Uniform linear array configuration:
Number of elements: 24
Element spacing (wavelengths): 0.25
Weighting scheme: hamming
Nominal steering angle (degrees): -45
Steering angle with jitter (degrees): -43.536
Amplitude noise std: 0.05
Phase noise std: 0.05

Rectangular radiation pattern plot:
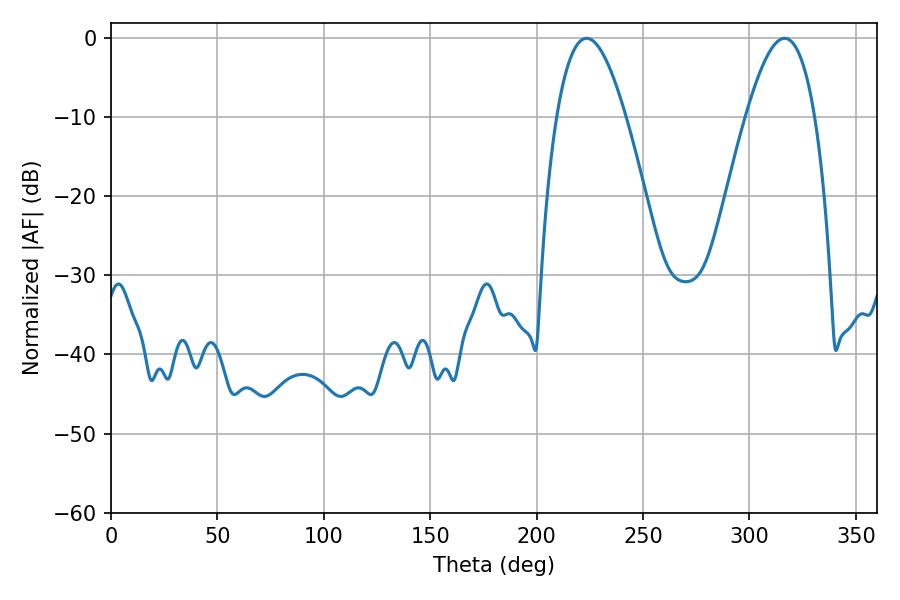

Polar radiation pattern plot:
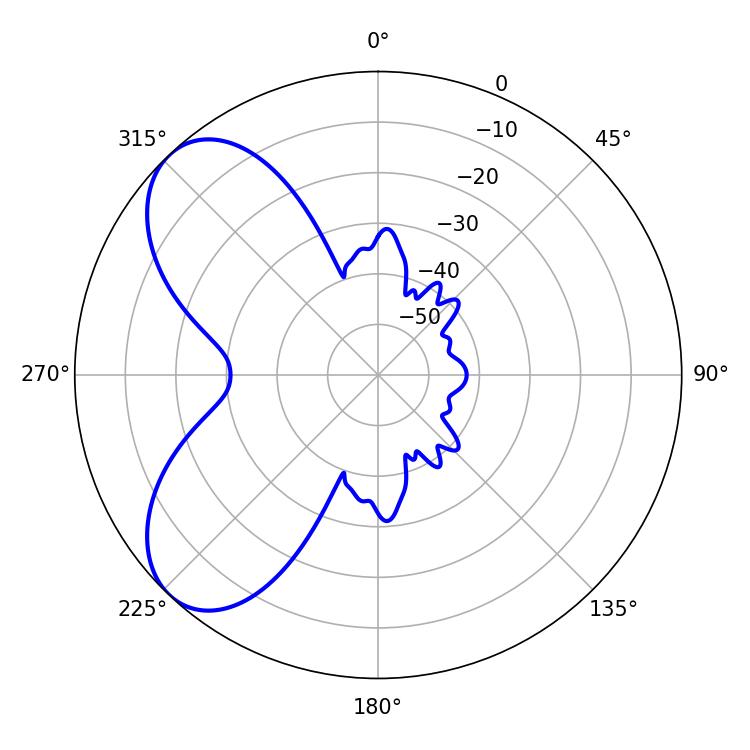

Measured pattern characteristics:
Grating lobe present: FALSE
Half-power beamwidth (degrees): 17.64
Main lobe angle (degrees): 223.56